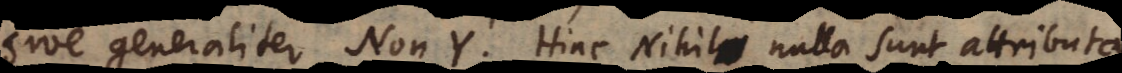
sive generaliter Non Y. Hinc Nihili nulla sunt attributa.